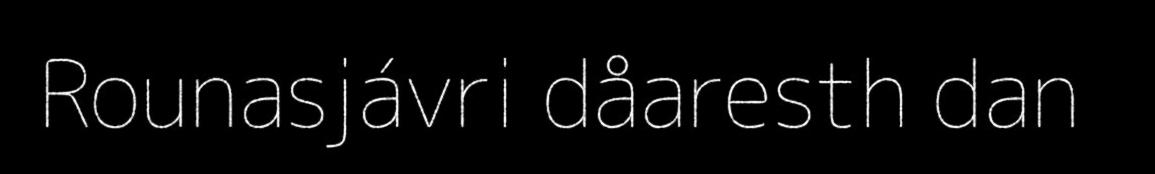
Rounasjávri dåaresth dan